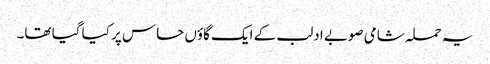
یہ حملہ شامی صوبے ادلب کے ایک گاؤں حاس پر کیا گیا تھا۔